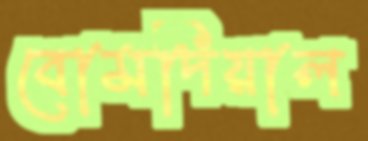
বোমদিয়াল